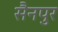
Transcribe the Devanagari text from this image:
सैनपुर